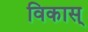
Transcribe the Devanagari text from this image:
विकास्